NAE_kihelkonnakohtute_kirjad_ja_protokollid_1869-1889, lk 10
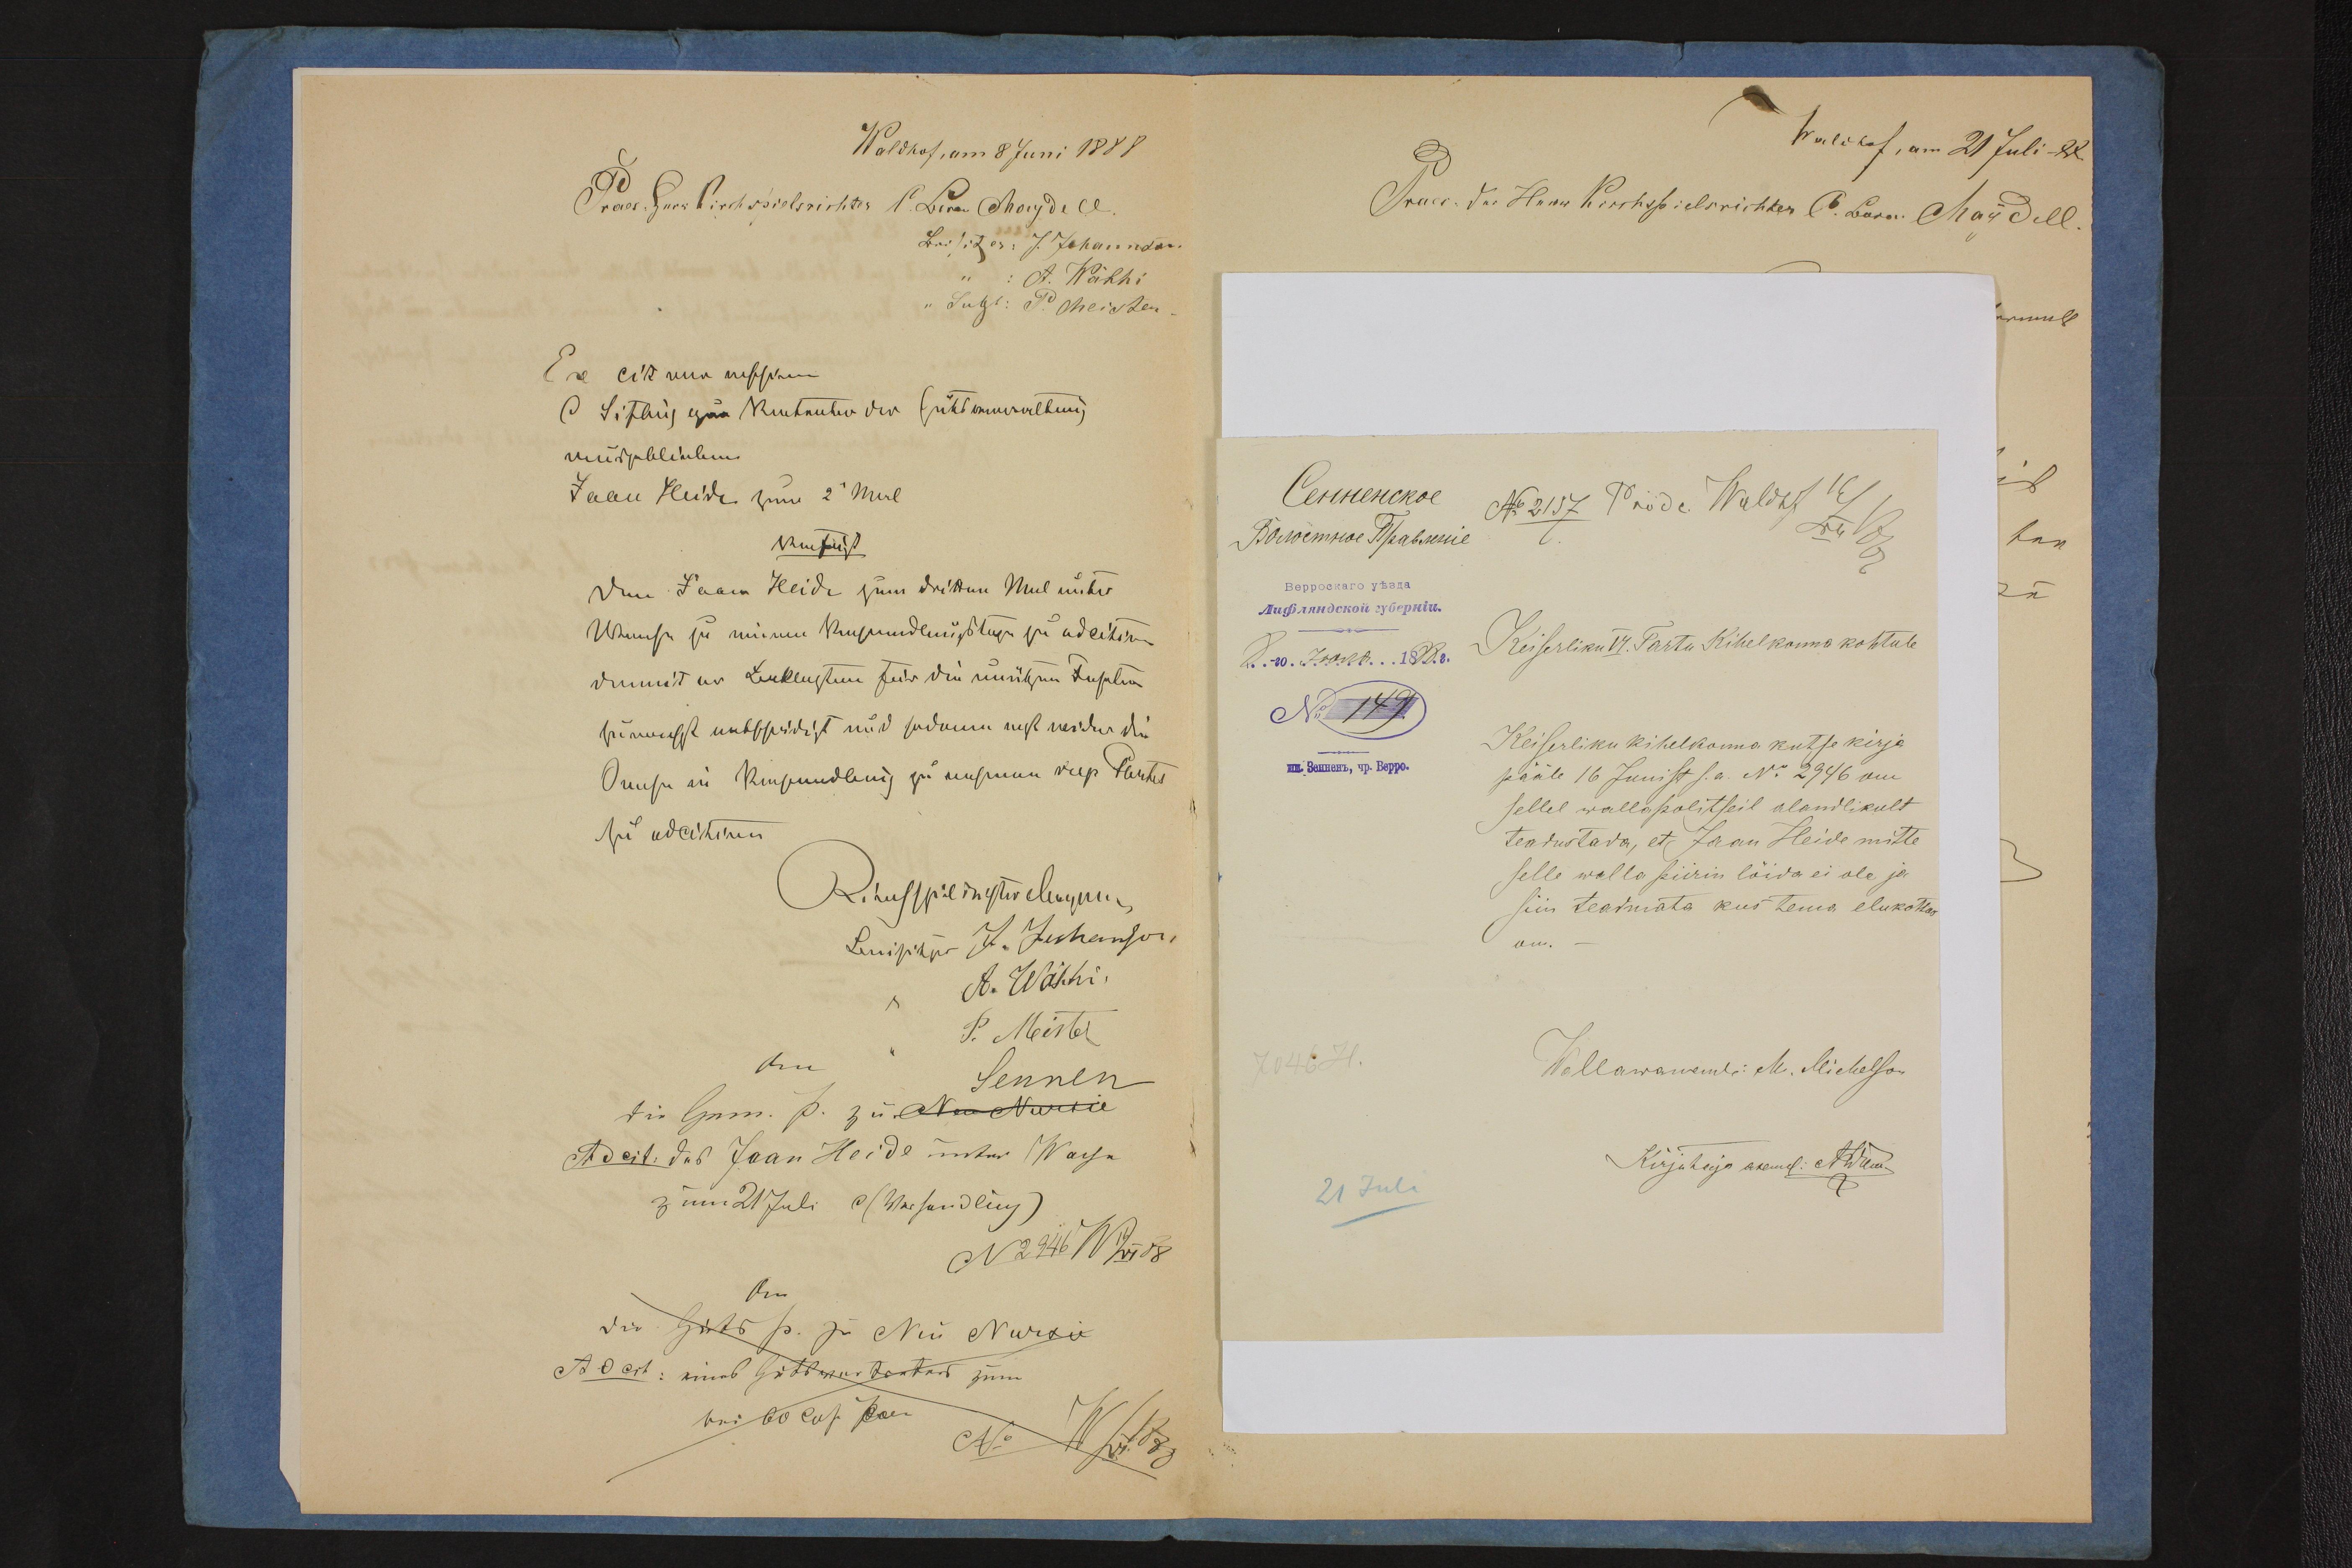
Keiserliku VI Tartu Kihelkonna kohtule
Keiserliku kihelkonna kutse kirja
pääle 16 Juunist s.a. N2946 om
sellel wallapolitseil alandlikult
teadustada, et Jaan Heide mitte
selle walla piirin lõida ei ole ja
siin teadmata kus tema elukottas
om.-
Wallawanemb: M. Michelson
21 Juli